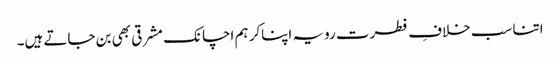
اتنا سب خلافِ فطرت رویہ اپناکر ہم اچانک مشرقی بھی بن جاتے ہیں۔